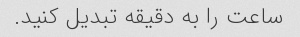
ساعت را به دقیقه تبدیل کنید.